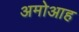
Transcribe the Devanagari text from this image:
अमोआह